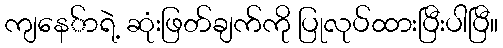
ကျနေ်ာရဲ့ ဆုံးဖြတ်ချက်ကို ပြုလုပ်ထားပြီးပါပြီ။